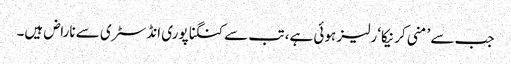
جب سے ’منی کرنیکا‘ رلیز ہوئی ہے، تب سے کنگنا پوری انڈسٹری سے ناراض ہیں۔